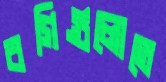
বগিগুলোতে